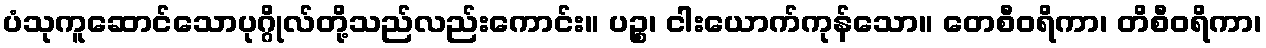
ပံသုကူဆောင်သောပုဂ္ဂိုလ်တို့သည်လည်းကောင်း။ ပဉ္စ၊ ငါးယောက်ကုန်သော။ တေစီဝရိကာ၊ တိစီဝရိကာ၊